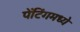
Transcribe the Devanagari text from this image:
पेंटिंगमध्ये